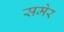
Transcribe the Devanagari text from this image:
समेर